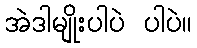
အဲဒါမျိုးပါပဲ ပါပဲ။